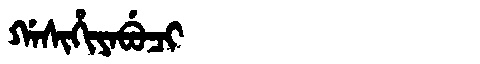
Manchu: ᡤᠠᠰᡳᡥᡳᠶᠠᠪᡠᠴᡳ
Romanization: GASIHIYABUCI